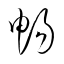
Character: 暢